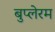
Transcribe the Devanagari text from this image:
बुप्लेरम